Vaccination in Bombay 1869-1873 - 1869-1873
Year: 1869
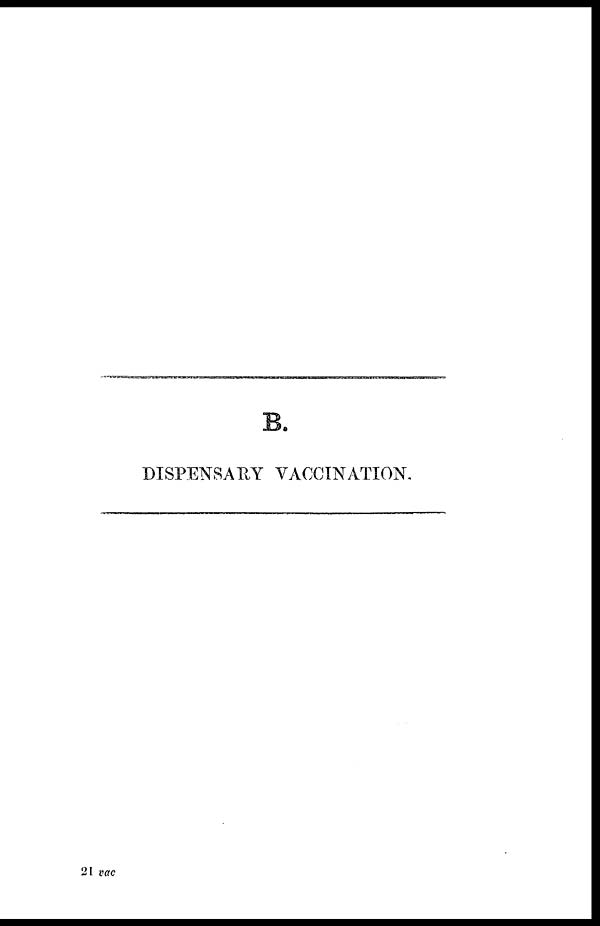
B.
DISPENSARY VACCINATION.
21 vac